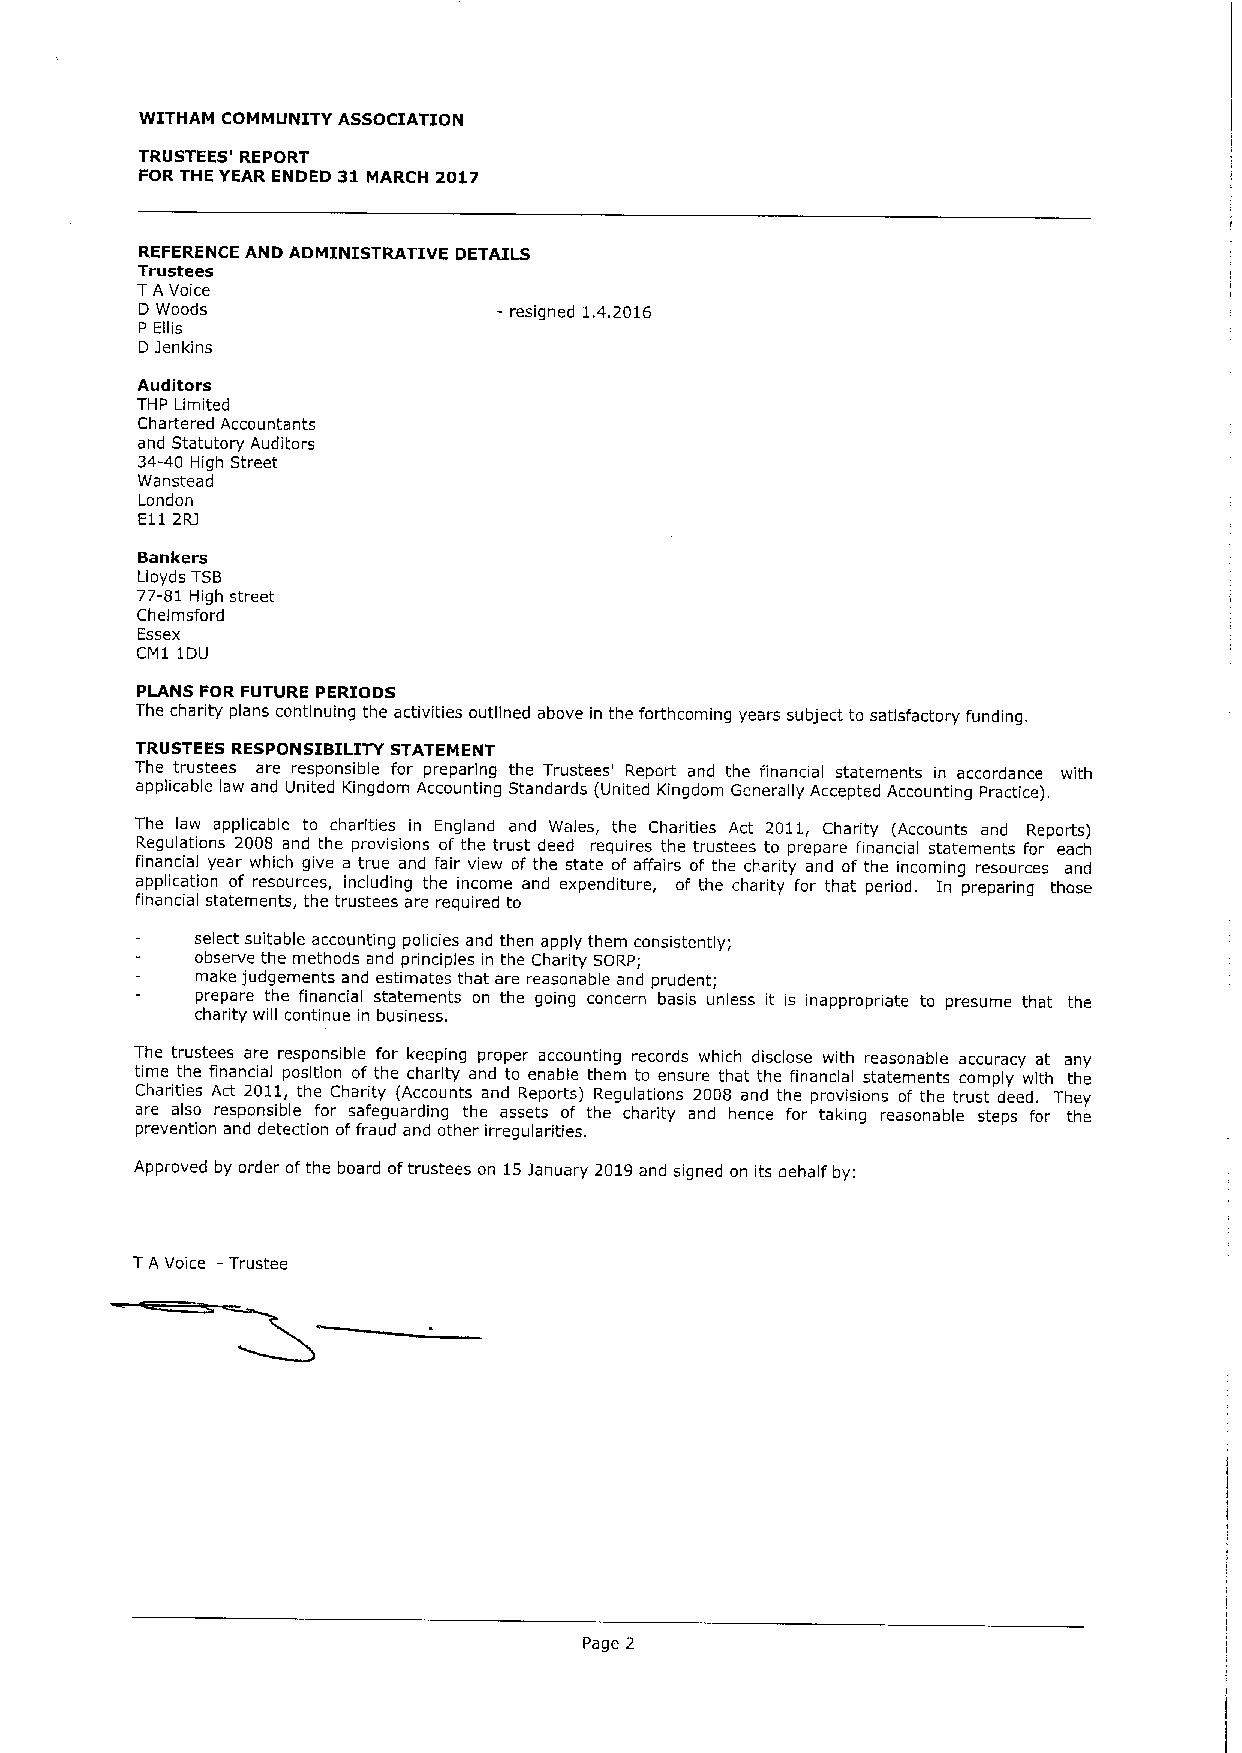
WITHAM COMMUNITY ASSOCIATION
 TRUSTEES' REPORT
 FOR THE YEAR ENDED 31MARCH 2017
 REFERENCE AND ADMINISTRATIVE DETAILS
 Trustees
 TA Voice
 D Woods                 - resigned 1.4.2016
 P Ellis
 D Jenkins
 Auditors
 THP Limited
 Chartered Accountants
 and Statutory Auditors
 34-40 High Street
 Wanstead
 London
 E112RJ
 Bankers
 Lloyds TSB
 77-81 High street
 Chelmsford
 Essex
 CM1 1DU
 PLANS FOR FUTURE PERIODS
 The charity plans continuing the activities outlined above in the forthcoming years subject to satisfactory funding.
 TRUSTEES RESPONSIBILITY STATEMENT
 The trustees are responsible for preparing the Trustees' Report and the financial statements in accordance with
 applicable law and United Kingdom Accounting Standards (United Kingdom Generally Accepted Accounting Practice).
 The law applicable to charities in England and Wales, the Charities Act 2011, Charity (Accounts and Reports)
 Regulations 2008 and the provisions of the trust deed requires the trustees to prepare financial statements for each
 financial year which give a true and fair view of the state of affairs of the charity and of the incoming resources and
 application of resources, including the income and expenditure, of the charity for that period. In preparing those
 financial statements, the trustees are required to
 select suitable accounting policies and then apply them consistently;
 observe the methods and principles in the Charity SDRP;
 make judgements and estimates that are reasonable and prudent;
 prepare the financial statements on the going concern basis unless it is inappropriate to presume that the
 charity will continue in business.
 The trustees are responsible for keeping proper accounting records which disclose with reasonable accuracy at any
 time the financial position of the charity and to enable them to ensure that the financial statements comply with the
 Charities Act 2011, the Charity (Accounts and Reports) Regulations 2008 and the provisions of the trust deed. They
 are also responsible for safeguarding the assets of the charity and hence for taking reasonable steps for the
 prevention and detection offraud and other irregularities.
 Approved by order ofthe board oftrustees on 15January 2019and signed on its behalf by:
 TA Voice —Trustee
 Page 2